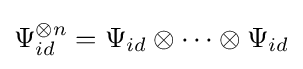
\Psi _{id}^{\otimes n}=\Psi _{id}\otimes \cdots \otimes \Psi _{id}